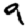
Digit: 9